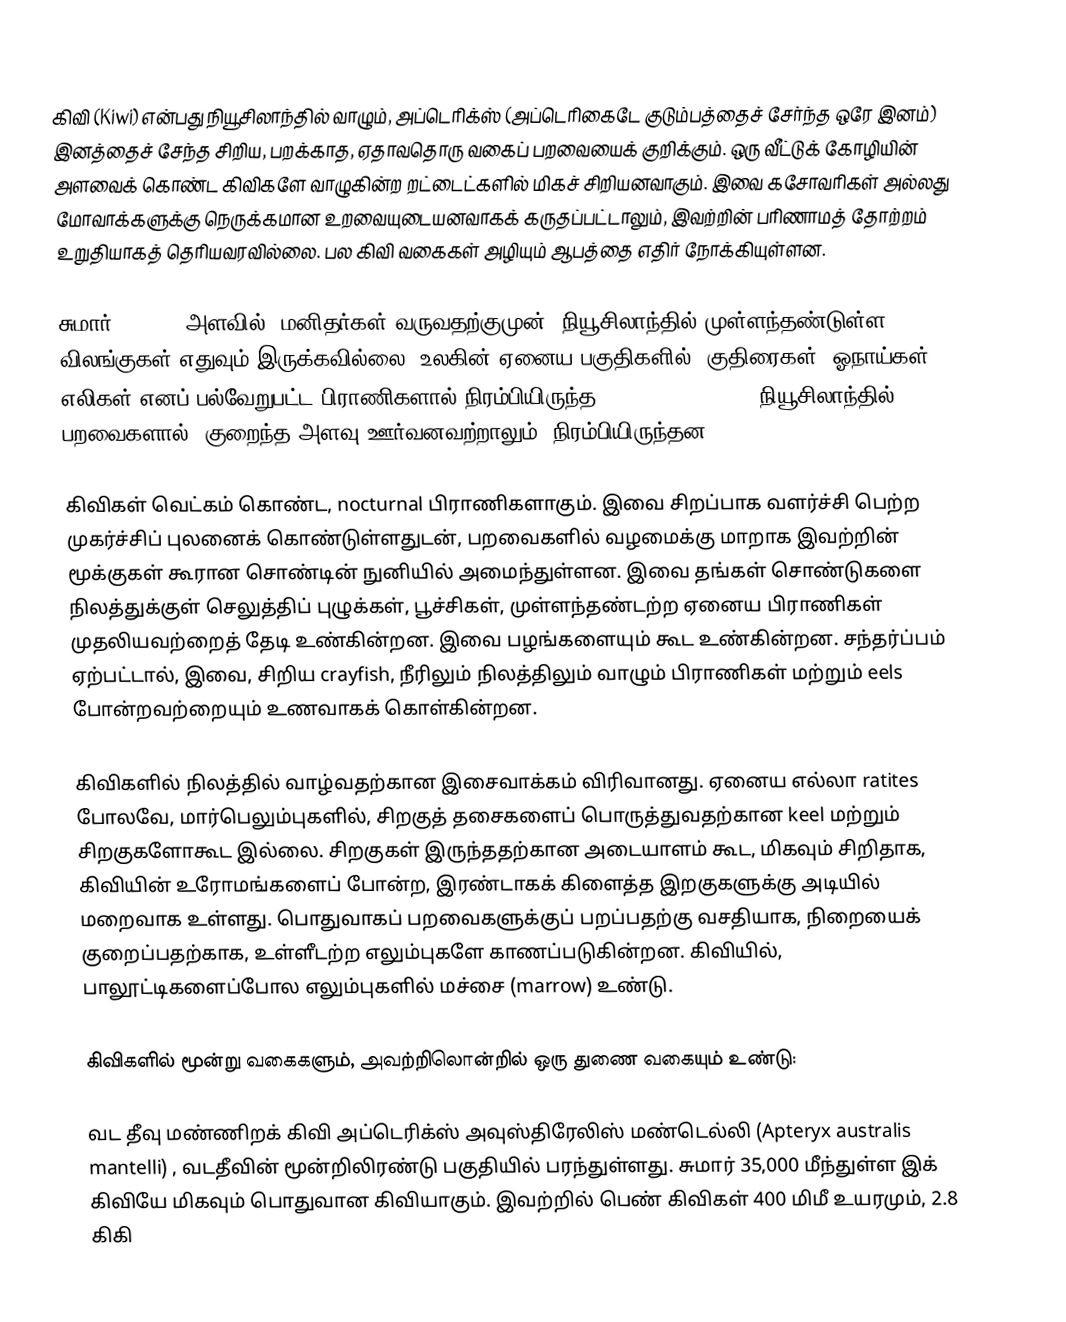
கிவி (Kiwi) என்பது நியூசிலாந்தில் வாழும், அப்டெரிக்ஸ் (அப்டெரிகைடே குடும்பத்தைச் சேர்ந்த ஒரே இனம்) இனத்தைச் சேந்த சிறிய, பறக்காத, ஏதாவதொரு வகைப் பறவையைக் குறிக்கும். ஒரு வீட்டுக் கோழியின் அளவைக் கொண்ட கிவிகளே வாழுகின்ற றட்டைட்களில் மிகச் சிறியனவாகும். இவை கசோவரிகள் அல்லது மோவாக்களுக்கு நெருக்கமான உறவையுடையனவாகக் கருதப்பட்டாலும், இவற்றின் பரிணாமத் தோற்றம் உறுதியாகத் தெரியவரவில்லை. பல கிவி வகைகள் அழியும் ஆபத்தை எதிர் நோக்கியுள்ளன.

சுமார் 1300 CE அளவில், மனிதர்கள் வருவதற்குமுன், நியூசிலாந்தில் முள்ளந்தண்டுள்ள விலங்குகள் எதுவும் இருக்கவில்லை. உலகின் ஏனைய பகுதிகளில், குதிரைகள், ஓநாய்கள், எலிகள் எனப் பல்வேறுபட்ட பிராணிகளால் நிரம்பியிருந்த ecological niches, நியூசிலாந்தில், பறவைகளால் (குறைந்த அளவு ஊர்வனவற்றாலும்) நிரம்பியிருந்தன.

கிவிகள் வெட்கம் கொண்ட, nocturnal பிராணிகளாகும். இவை சிறப்பாக வளர்ச்சி பெற்ற முகர்ச்சிப் புலனைக் கொண்டுள்ளதுடன், பறவைகளில் வழமைக்கு மாறாக இவற்றின் மூக்குகள் கூரான சொண்டின் நுனியில் அமைந்துள்ளன. இவை தங்கள் சொண்டுகளை நிலத்துக்குள் செலுத்திப் புழுக்கள், பூச்சிகள், முள்ளந்தண்டற்ற ஏனைய பிராணிகள் முதலியவற்றைத் தேடி உண்கின்றன. இவை பழங்களையும் கூட உண்கின்றன. சந்தர்ப்பம் ஏற்பட்டால், இவை, சிறிய crayfish, நீரிலும் நிலத்திலும் வாழும் பிராணிகள் மற்றும் eels போன்றவற்றையும் உணவாகக் கொள்கின்றன.

கிவிகளில் நிலத்தில் வாழ்வதற்கான இசைவாக்கம் விரிவானது. ஏனைய எல்லா ratites போலவே, மார்பெலும்புகளில், சிறகுத் தசைகளைப் பொருத்துவதற்கான keel மற்றும் சிறகுகளோகூட இல்லை. சிறகுகள் இருந்ததற்கான அடையாளம் கூட, மிகவும் சிறிதாக, கிவியின் உரோமங்களைப் போன்ற, இரண்டாகக் கிளைத்த இறகுகளுக்கு அடியில் மறைவாக உள்ளது. பொதுவாகப் பறவைகளுக்குப் பறப்பதற்கு வசதியாக, நிறையைக் குறைப்பதற்காக, உள்ளீடற்ற எலும்புகளே காணப்படுகின்றன. கிவியில், பாலூட்டிகளைப்போல எலும்புகளில் மச்சை (marrow) உண்டு.

கிவிகளில் மூன்று வகைகளும், அவற்றிலொன்றில் ஒரு துணை வகையும் உண்டு:

 வட தீவு மண்ணிறக் கிவி அப்டெரிக்ஸ் அவுஸ்திரேலிஸ் மண்டெல்லி (Apteryx australis mantelli) , வடதீவின் மூன்றிலிரண்டு பகுதியில் பரந்துள்ளது. சுமார் 35,000 மீந்துள்ள இக் கிவியே மிகவும் பொதுவான கிவியாகும். இவற்றில் பெண் கிவிகள் 400 மிமீ உயரமும், 2.8 கிகி